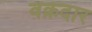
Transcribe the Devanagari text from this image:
वक्रदार